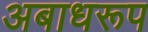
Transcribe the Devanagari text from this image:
अबाधरूप